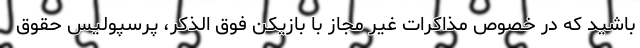
باشید که در خصوص مذاکرات غیر مجاز با بازیکن فوق الذکر، پرسپولیس حقوق